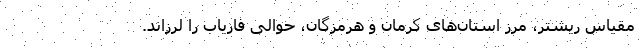
مقیاس ریشتر، مرز استان‌های کرمان و هرمزگان، حوالی فاریاب را لرزاند.